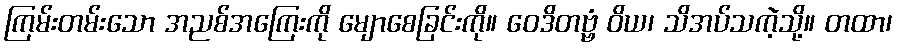
ကြမ်းတမ်းသော အညစ်အကြေးကို မျောစေခြင်းကို။ ဝေဒိတဗ္ဗံ ဝိယ၊ သိအပ်သကဲ့သို့။ တထာ၊